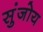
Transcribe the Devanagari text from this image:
सुंजोय